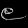
Digit: ၉